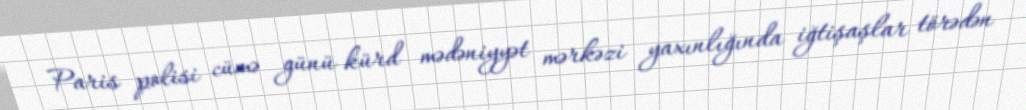
Paris polisi cümə günü kürd mədəniyyət mərkəzi yaxınlığında iğtişaşlar törədən